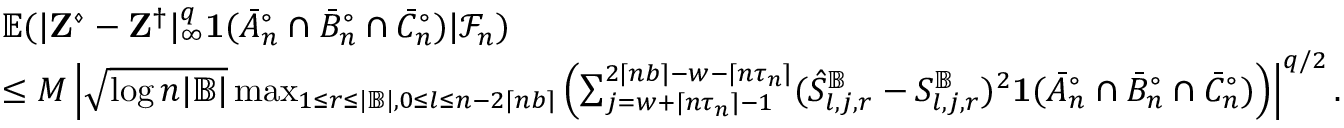
\begin{array} { r l } & { \mathbb { E } ( | \mathbf Z ^ { \diamond } - \mathbf Z ^ { \dagger } | _ { \infty } ^ { q } \mathbf 1 ( \bar { A } _ { n } ^ { \circ } \cap \bar { B } _ { n } ^ { \circ } \cap \bar { C } _ { n } ^ { \circ } ) | \mathcal { F } _ { n } ) } \\ & { \leq M \left| \sqrt { \log n | \mathbb { B } | } \operatorname* { m a x } _ { 1 \leq r \leq | \mathbb { B } | , 0 \leq l \leq n - 2 \lceil n b \rceil } \left( \sum _ { j = w + \lceil n \tau _ { n } \rceil - 1 } ^ { 2 \lceil n b \rceil - w - \lceil n \tau _ { n } \rceil } ( \hat { S } _ { l , j , r } ^ { \mathbb { B } } - S _ { l , j , r } ^ { \mathbb { B } } ) ^ { 2 } \mathbf 1 ( \bar { A } _ { n } ^ { \circ } \cap \bar { B } _ { n } ^ { \circ } \cap \bar { C } _ { n } ^ { \circ } ) \right) \right| ^ { q / 2 } . } \end{array}